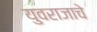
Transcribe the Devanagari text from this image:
युवराजाचे